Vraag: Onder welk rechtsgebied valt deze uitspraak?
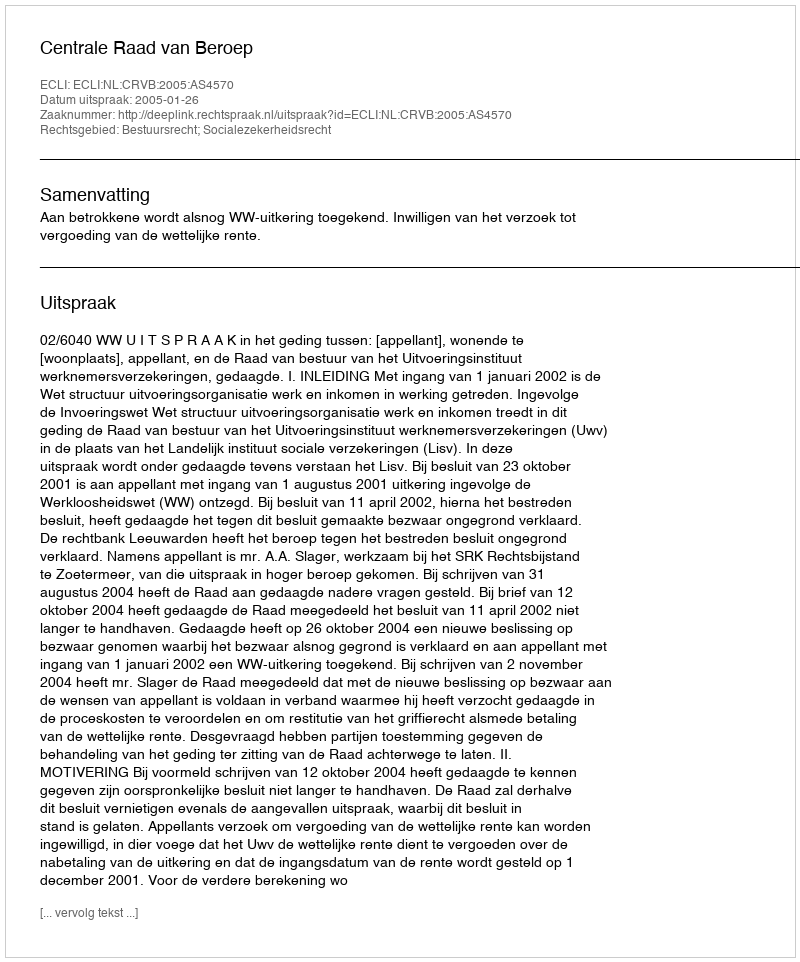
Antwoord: Bestuursrecht; Socialezekerheidsrecht